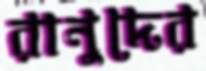
রানুদের